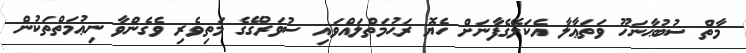
މާތް ސުބުޙާނަހޫ ވަތަޢާލާ އެކަލޭގެފާނަށް ހެޔޮ ރަޙުމަތްލައްވައި ސުވަރުގޭގެ މަތިވެރި ވެގެންވާ ނިޢުމަތްތަކުން